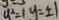
y ^ { 2 } = 1 y = \pm 1